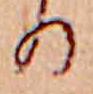
る